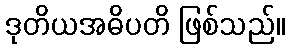
ဒုတိယအဓိပတိ ဖြစ်သည်။